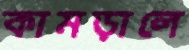
কামড়ালে